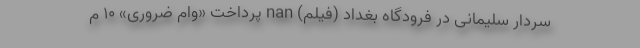
سردار سلیمانی در فرودگاه بغداد (فیلم) nan پرداخت «وام ضروری» ۱۰ م